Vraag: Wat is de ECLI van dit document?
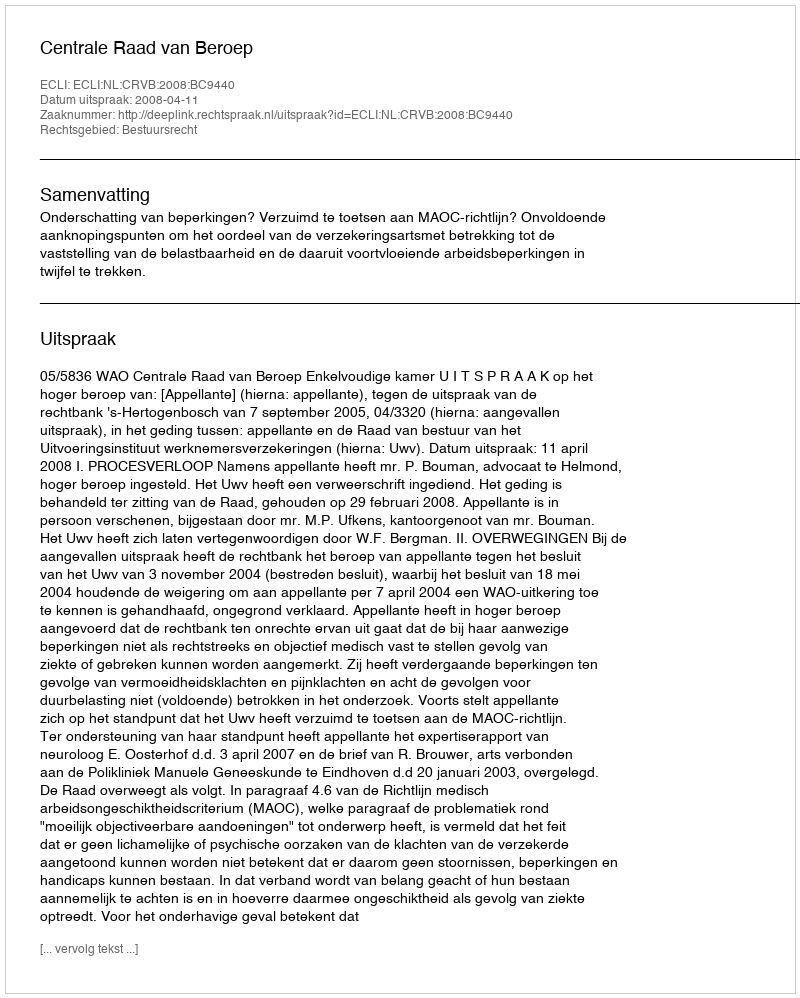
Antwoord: ECLI:NL:CRVB:2008:BC9440